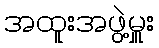
အထူးအဖွဲ့မှူး